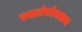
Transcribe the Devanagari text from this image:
स्मार्टफोनलाच